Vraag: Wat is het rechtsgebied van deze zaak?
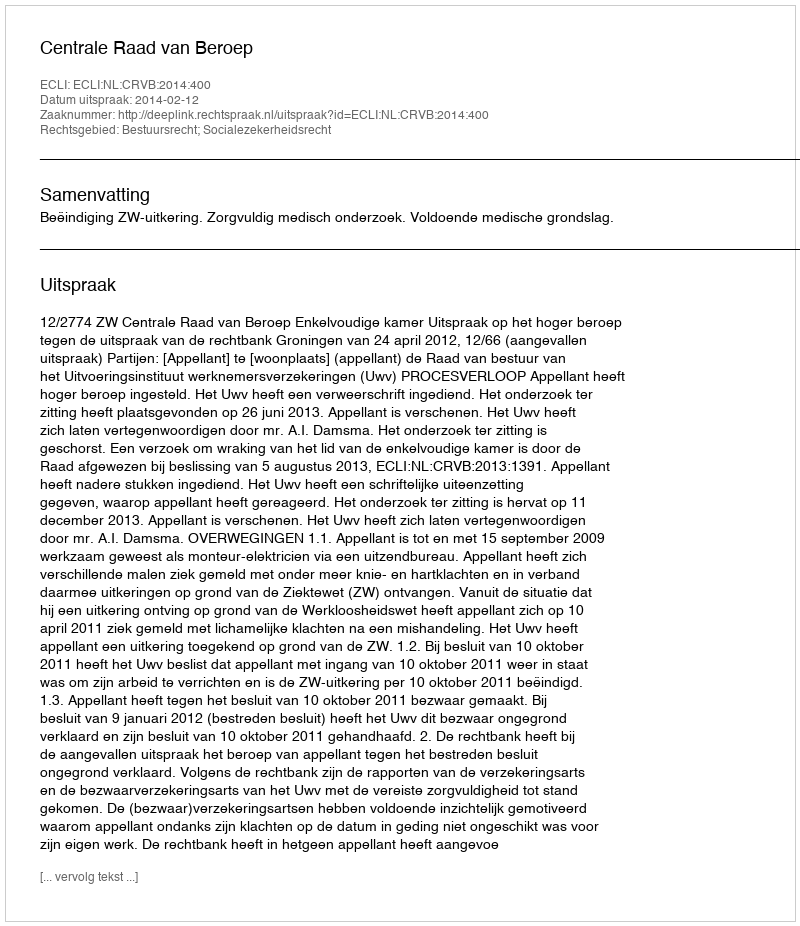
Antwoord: Bestuursrecht; Socialezekerheidsrecht